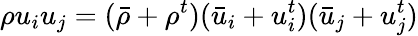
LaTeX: \rho u_{i}u_{j}=(\bar{\rho}+\rho^{t})(\bar{u}_{i}+u_{i}^{t})(\bar{u}_{j}+u_{j}^{t})